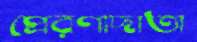
প্রেরণাদাতা